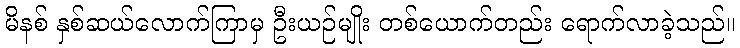
မိနစ် နှစ်ဆယ်လောက်ကြာမှ ဦးယဉ်မျိုး တစ်ယောက်တည်း ရောက်လာခဲ့သည်။